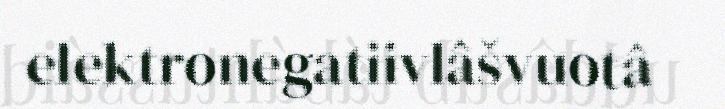
elektronegatiivlâšvuotâ